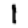
Digit: 1